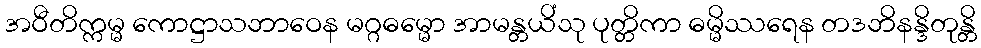
အဝီတိက္ကမ္မ ကောဋ္ဌာသဘာဝေန မဂ္ဂဓမ္မော အာမန္တယိံသု ပုတ္တိကာ ဓမ္မိဿရေန တဒဘိနန္ဒိတုန္တိ